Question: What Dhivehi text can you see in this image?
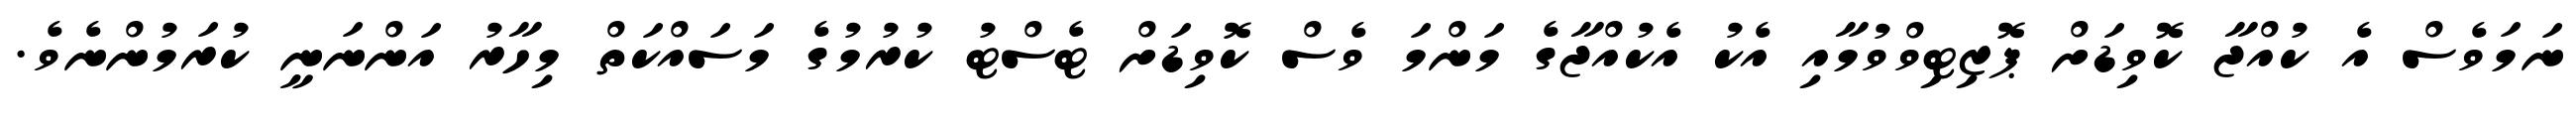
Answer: ނަމަވެސް އެ ކުއްޖާ ކޮވިޑަށް ޕޮޒިޓިވްވުމާއި އެކު އެކުއްޖާގެ މަންމަ ވެސް ކޮވިޑަށް ޓެސްޓު ކުރުމުގެ މަސައްކަތް މިހާރު އަންނަނީ ކުރަމުންނެވެ.